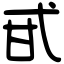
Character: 甙